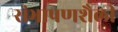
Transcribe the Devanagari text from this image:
संभाषणशैली